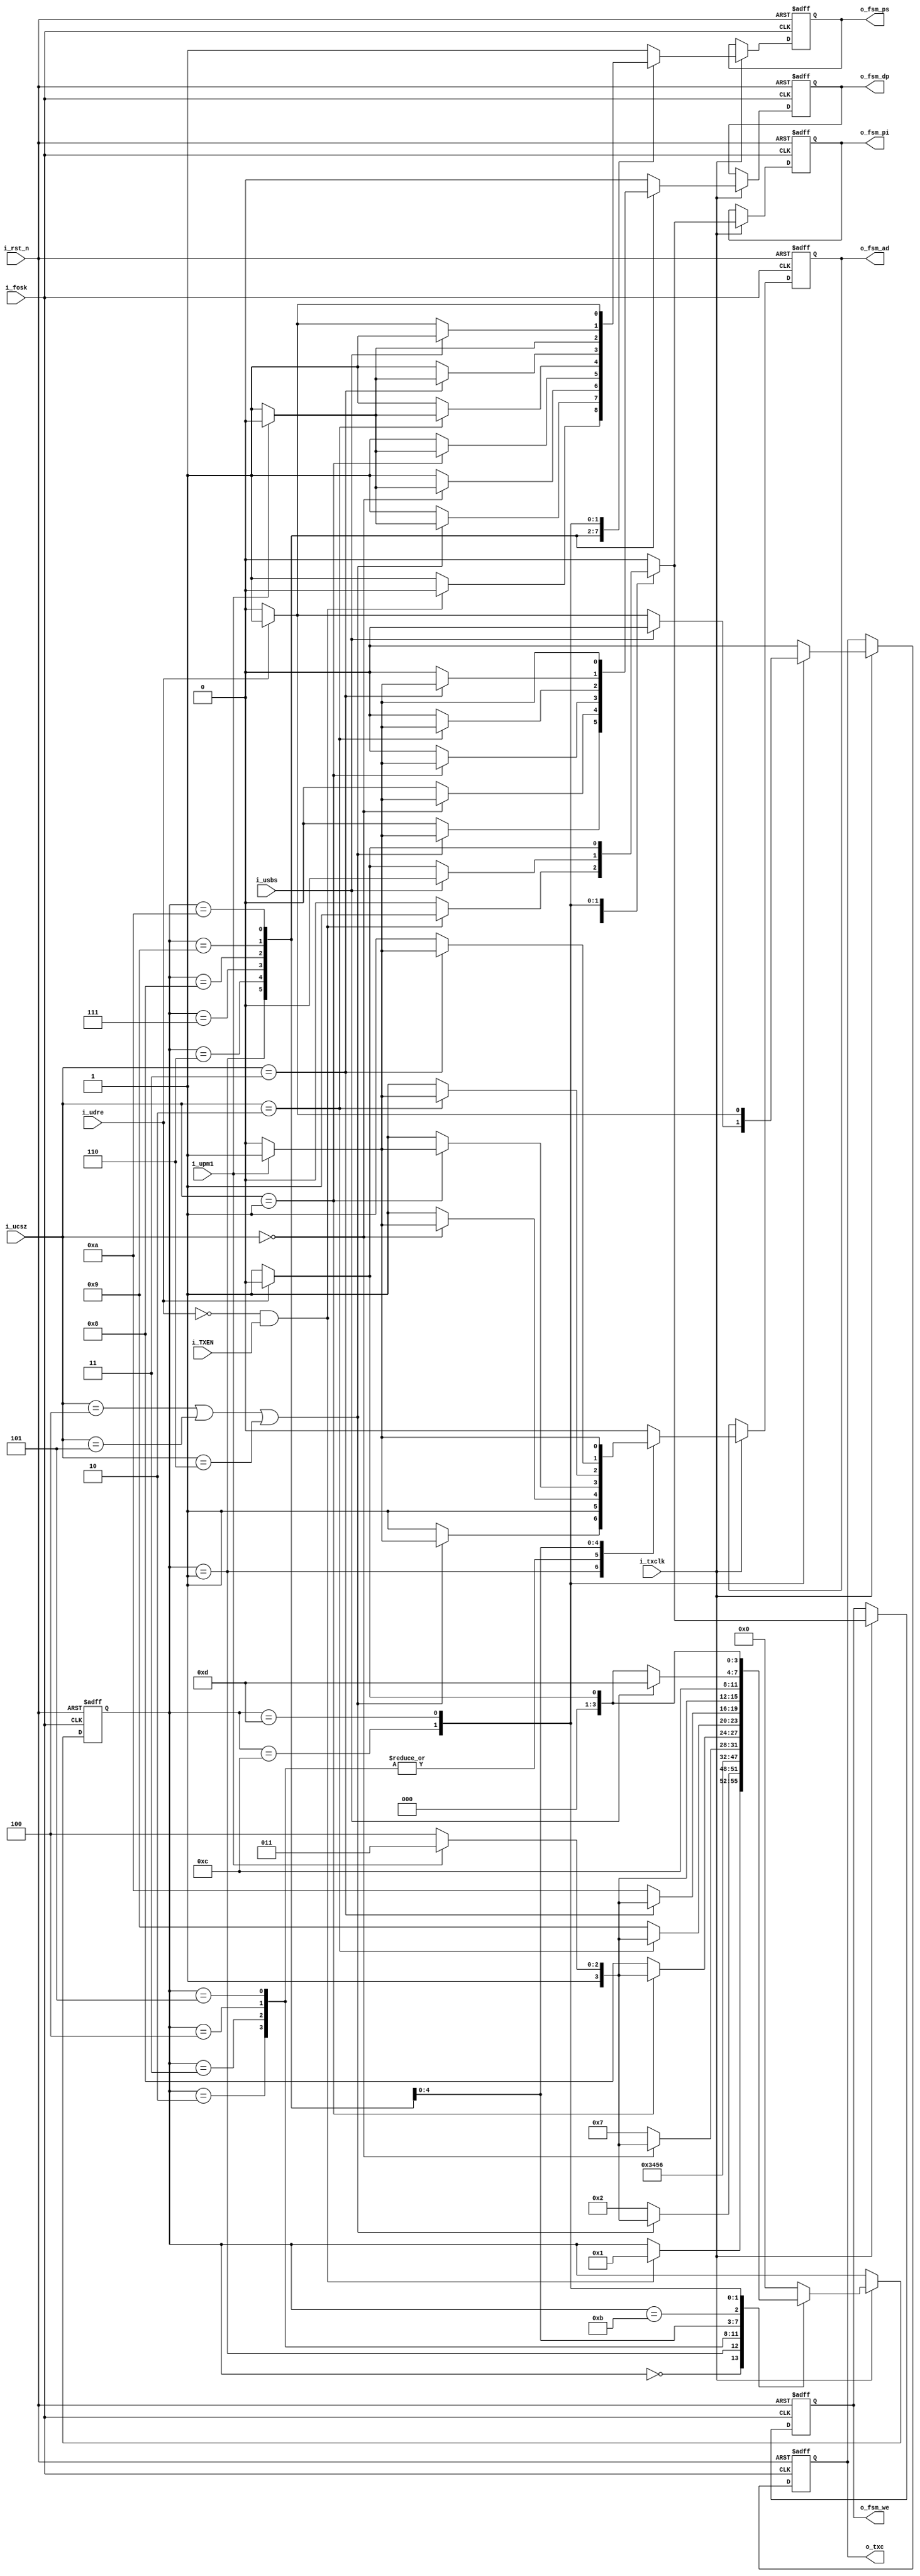
// ---------------------------------------------------------------------------
//
// Description:
//  <Description text here, indented multiple lines allowed>
//
//      by:     smy
// Updated:     $Date: 2011/08/09 12:38:38 $
//              $Author: tgu $
// Revision:    $Revision: 1.1 $
//
// Copyright (c) Melexis Digital Competence Center
//
// ---------------------------------------------------------------------------
`timescale 1ns / 1ps
module FSM_transmitter(	i_fosk,
						i_rst_n,
						i_TXEN,
						i_txclk,
						i_udre,
						i_ucsz,
						i_usbs,
						i_upm1,
						o_fsm_we,
						o_fsm_ps,
						o_fsm_ad,
						o_fsm_pi,
						o_fsm_dp,
						o_txc
						);

input			i_fosk;				//	system clock
input			i_rst_n;			//	reset
input 			i_TXEN;				//  TXEN 
input			i_txclk;			//  transmitter clock enable
input			i_udre;				// 	UDRE flag
input	[2:0]	i_ucsz;				//	data size bits UCSZ[2:0]
input			i_usbs;				//	stop bit size bit USBS
input			i_upm1;				//	parity bit even/odd

output	reg		o_fsm_we;			//  transmit data from UDR to shift register
output	reg		o_fsm_ps;			//  parity and start or stop bit
output	reg		o_fsm_ad;			//  alternative or data bit 
output	reg		o_fsm_pi;			//  parity initialization bit 
output	reg		o_fsm_dp;			//  alternative or parity bit 
output	reg		o_txc;				// 	flag txc
////////////////////////////////////////////////////////////////////////////////////
//				FSM states
////////////////////////////////////////////////////////////////////////////////////\
localparam	IDLE = 0;
localparam	START = 1;
localparam	DATA_0 = 2;
localparam	DATA_1 = 3;
localparam	DATA_2 = 4;
localparam	DATA_3 = 5;
localparam	DATA_4 = 6;
localparam	DATA_5 = 7;
localparam	DATA_6 = 8;
localparam	DATA_7 = 9;
localparam	DATA_8 = 10;
localparam	PARITY = 11;
localparam	STOP_1 = 12;
localparam	STOP_2 = 13;
////////////////////////////////////////////////////////////////////////////////////
//				Variables
////////////////////////////////////////////////////////////////////////////////////
reg [3:0]	state;
reg [3:0]	next_state;

reg			fsm_we;
reg			fsm_ps;
reg			fsm_ad;
reg			fsm_pi;
reg			fsm_dp;
reg			fsm_txc;
////////////////////////////////////////////////////////////////////////////////////
//				FSM
////////////////////////////////////////////////////////////////////////////////////
always@(posedge i_fosk, negedge i_rst_n) begin
	if(!i_rst_n)begin
		state <= IDLE;
		o_fsm_we <= 1'b0;
		o_fsm_ps <= 1'b1;
		o_fsm_ad <= 1'b0;
		o_fsm_pi <= 1'b0;
		o_fsm_dp <= 1'b0;
		o_txc <=1'b0;
	end
	else if(i_txclk) begin
		state <= next_state;
		o_fsm_we <= fsm_we;
		o_fsm_ps <= fsm_ps;
		o_fsm_ad <= fsm_ad;
		o_fsm_pi <= fsm_pi;
		o_fsm_dp <= fsm_dp;
		o_txc <= fsm_txc;
	end
end

always@* begin
	next_state 	= 	state;
	fsm_we		=	1'b0;
	fsm_ps		=	1'b1;
	fsm_ad 		=	1'b0;
	fsm_pi 		=	1'b0;
	fsm_dp 		=	1'b0;
	fsm_txc		= 	1'b0;
	case(state)
		IDLE:	if( (i_udre == 0) & (i_TXEN == 1)) begin		
					next_state  = START;					
					fsm_we = 1'b1;
					fsm_ps = 1'b0;
					fsm_pi = 1'b1;
				end
		START:  begin
					if(	(i_ucsz[2:0] == 3'b100)|
						(i_ucsz[2:0] == 3'b101)|
						(i_ucsz[2:0] == 3'b110)) begin
						if (i_upm1 == 1'b1) begin			// if parity bit exists
							next_state = PARITY;
							fsm_ps = 1'b0;
							fsm_ad = 1'b1;
							fsm_dp = 1'b1;
						end
						else begin							// if parity bit doesn't exist
							next_state = STOP_1;
						end
					end	
					else begin									
						next_state = DATA_0;
						fsm_ad = 1'b1;
					end
				end
		DATA_0: begin	
					next_state = DATA_1;
					fsm_ad = 1'b1;
				end
		DATA_1: begin	
					next_state = DATA_2;
					fsm_ad = 1'b1;
				end
		DATA_2: begin	
					next_state = DATA_3;
					fsm_ad = 1'b1;
				end
		DATA_3: begin	
					next_state = DATA_4;
					fsm_ad = 1'b1;
				end
		DATA_4: begin	
					if(i_ucsz[2:0] == 3'b000)				// if 5 data bits 
						if (i_upm1 == 1'b1) begin			// if parity bit exists
							next_state = PARITY;
							fsm_ps = 1'b0;
							fsm_ad = 1'b1;
							fsm_dp = 1'b1;
						end
						else begin							// if parity bit doesn't exist
							next_state = STOP_1;
						end
					else begin
						next_state = DATA_5;				// if more than 5 data bits
						fsm_ad = 1'b1;
					end
					end
		DATA_5: begin	
					if(i_ucsz[2:0] == 3'b001)				// if 6 data bits 
						if (i_upm1 == 1'b1) begin			// if parity bit exists
							next_state = PARITY;
							fsm_ps = 1'b0;
							fsm_ad = 1'b1;
							fsm_dp = 1'b1;
						end
						else begin							// if parity bit doesn't exist
							next_state = STOP_1;
						end
					else begin								// if more than 6 data bits
						next_state = DATA_6;
						fsm_ad = 1'b1;
					end
					end
		DATA_6: begin	
					if(i_ucsz[2:0] == 3'b010)				// if 7 data bits 
						if (i_upm1 == 1'b1) begin			// if parity bit exists
							next_state = PARITY;
							fsm_ps = 1'b0;
							fsm_ad = 1'b1;
							fsm_dp = 1'b1;
						end	
						else begin							// if parity bit doesn't exist
							next_state = STOP_1;
						end
					else begin
						next_state = DATA_7;				// if more than 7 data bits
						fsm_ad = 1'b1;
					end
					end
		DATA_7: begin	
					if(i_ucsz[2:0] == 3'b011)				// if 8 data bits
						if (i_upm1 == 1'b1) begin			// if parity bit exists
							next_state = PARITY;
							fsm_ps = 1'b0;
							fsm_ad = 1'b1;
							fsm_dp = 1'b1;
						end
						else begin							// if parity bit doesn't exist
							next_state = STOP_1;
						end
					else begin								// if more than 8 data bits
						next_state = DATA_8;
						fsm_ad = 1'b1;
					end
					end
		DATA_8: begin		
					if (i_upm1 == 1'b1) begin				// if parity bit exists
						next_state = PARITY;
						fsm_ps = 1'b0;
						fsm_ad = 1'b1;
						fsm_dp = 1'b1;
					end
					else begin								// if parity bit doesn't exist
						next_state = STOP_1;
					end
				end
		PARITY: next_state = STOP_1;
		STOP_1: begin 
					if(i_usbs == 1'b1)						// if second stop bit exists 
						next_state = STOP_2;
					else begin								// if second stop bit doesn't exist 
						if(i_udre == 1)	begin				// if udr is empty
							next_state = IDLE;	
							fsm_txc  = 1'b1;
						end
						else begin							// if udr is full
							next_state = START;
							fsm_we = 1'b1;
							fsm_ps = 1'b0;
							fsm_pi = 1'b1;
						end
					end
				end
		STOP_2: begin 
					if(i_udre == 1)	begin					// if udr is empty
						next_state = IDLE;
						fsm_txc  = 1'b1;
					end	
					else begin
						next_state = START;					// if udr is full
						fsm_we = 1'b1;
						fsm_ps = 1'b0;
						fsm_pi = 1'b1;
					end
				end
	default:	next_state = IDLE;							// something is wrong
	endcase
 end

endmodule